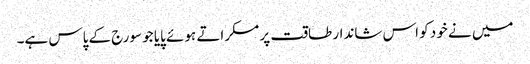
میں نے خود کو اس شاندار طاقت پر مسکراتے ہوئے پایا جو سورج کے پاس ہے۔